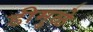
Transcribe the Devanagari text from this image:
डीमुळे